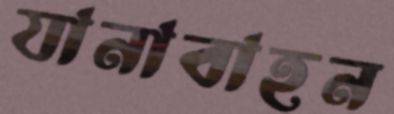
যানাবাহন